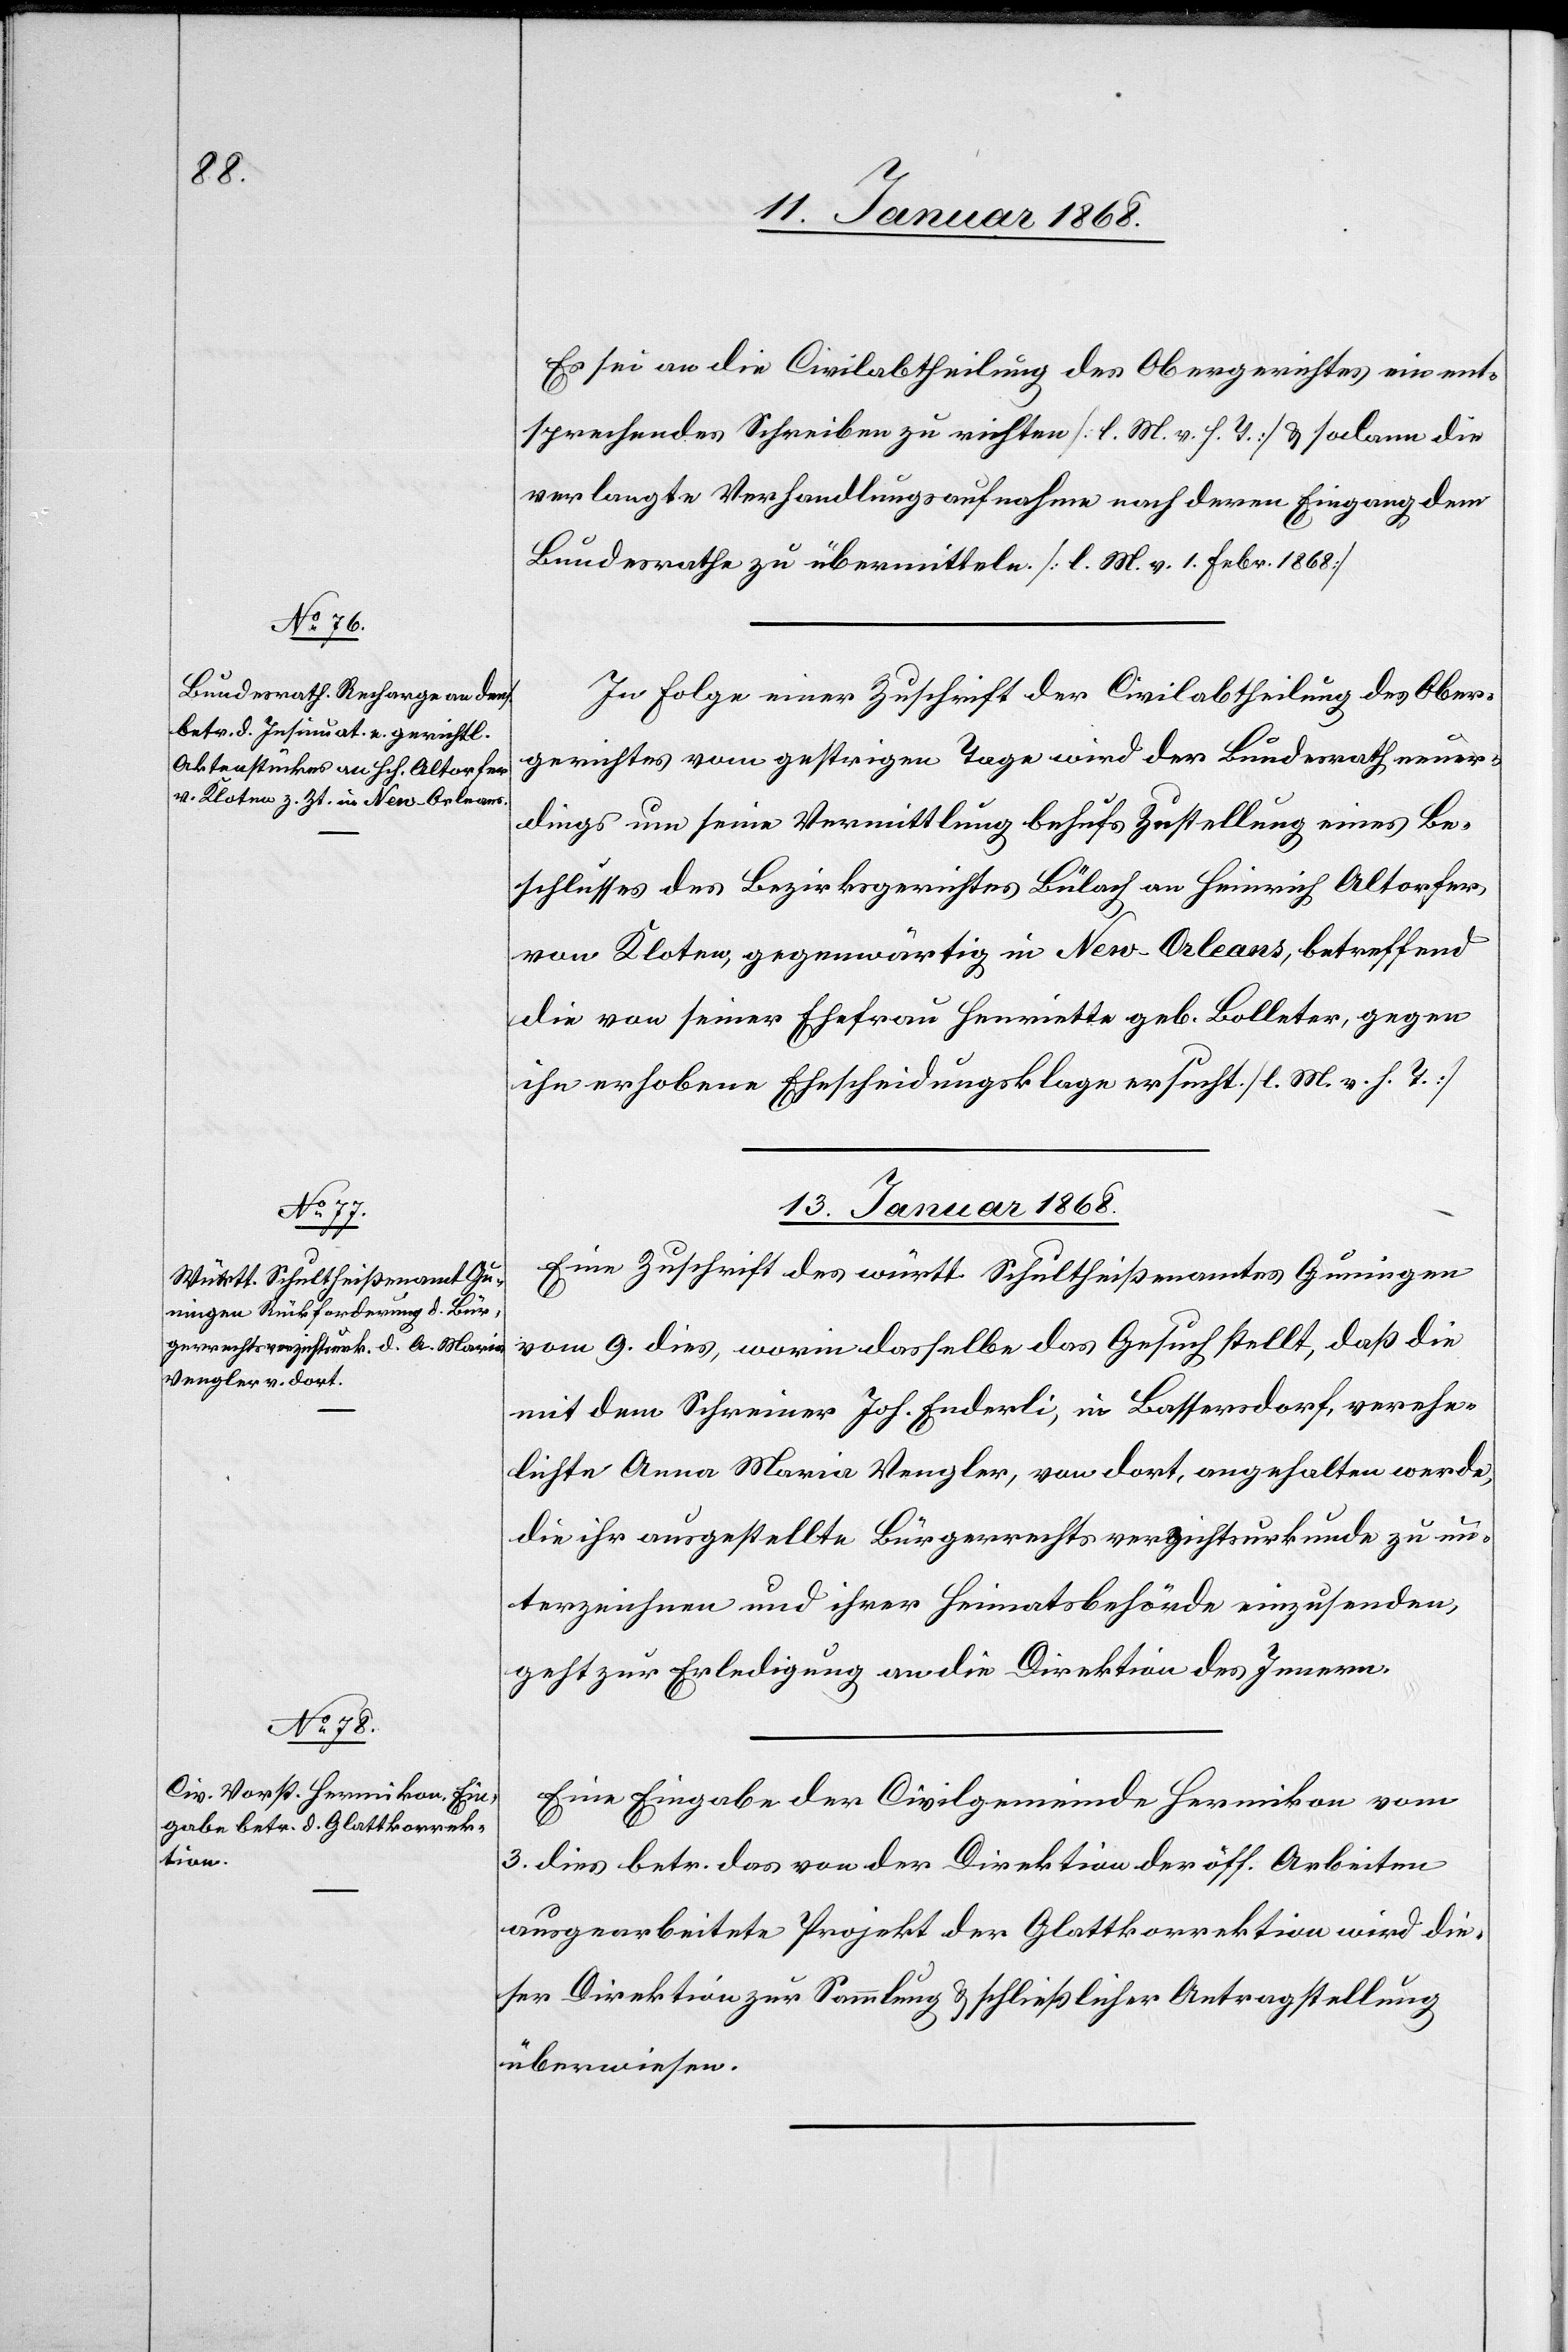
11. Januar 1868.]
Es sei an die Civilabtheilung des Obergerichtes ein ent¬
sprechendes Schreiben zu richten [l. M. v. h. T.] & sodann die
verlangte Verhandlungsaufnahme nach deren Eingang dem
Bundesrathe zu übermitteln. [l. M. v. 1. Febr. 1868]
In Folge einer Zuschrift der Civilabtheilung des Ober¬
gerichtes vom gestrigen Tage wird der Bundesrath neuer¬
dings um seine Vermittlung behufs Zustellung eines Be¬
schlusses des Bezirksgerichtes Bülach an Heinrich Altorfer,
von Kloten, gegenwärtig in New-Orleans, betreffend
die von seiner Ehefrau Henriette geb. Bolleter, gegen
ihn erhobene Ehescheidungsklage ersucht. [l. M. v. h. T.]
13. Januar 1868.]
Eine Zuschrift des württ. Schultheißenamtes Guningen
vom 9. dies, worin dasselbe das Gesuch stellt, daß die
mit dem Schreiner Joh. Enderli, in Bassersdorf, verehe¬
lichte Anna Maria Vengler, von dort, angehalten werde,
die ihr ausgestellte Bürgerrechtsverzichtsurkunde zu un¬
terzeichnen und ihrer Heimatsbehörde einzusenden,
geht zur Erledigung an die Direktion des Innern.
Eine Eingabe der Civilgemeinde Hermikon vom
3. dies betr. das von der Direktion der öff. Arbeiten
ausgearbeitete Projekt der Glattkorrektion wird die¬
ser Direktion zur Sammlung & schließlicher Antragstellung
überwiesen.